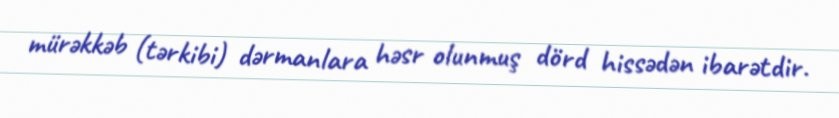
mürəkkəb (tərkibi) dərmanlara həsr olunmuş dörd hissədən ibarətdir.